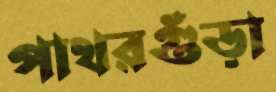
পাথরগুঁড়া